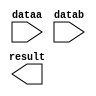
// megafunction wizard: %LPM_MULT%VBB%
// GENERATION: STANDARD
// VERSION: WM1.0
// MODULE: lpm_mult 

// ============================================================
// Megafunction Name(s):
// 			lpm_mult
//
// Simulation Library Files(s):
// 			lpm
// ============================================================
// ************************************************************
// THIS IS A WIZARD-GENERATED FILE. DO NOT EDIT THIS FILE!
//
// 13.1.0 Build 162 10/23/2013 SJ Full Version
// ************************************************************

//Copyright (C) 1991-2013 Altera Corporation
//Your use of Altera Corporation's design tools, logic functions 
//and other software and tools, and its AMPP partner logic 
//functions, and any output files from any of the foregoing 
//(including device programming or simulation files), and any 
//associated documentation or information are expressly subject 
//to the terms and conditions of the Altera Program License 
//Subscription Agreement, Altera MegaCore Function License 
//Agreement, or other applicable license agreement, including, 
//without limitation, that your use is for the sole purpose of 
//programming logic devices manufactured by Altera and sold by 
//Altera or its authorized distributors.  Please refer to the 
//applicable agreement for further details.

module mult_com_mass (
	dataa,
	datab,
	result);

	input	[15:0]  dataa;
	input	[13:0]  datab;
	output	[29:0]  result;

endmodule

// ============================================================
// CNX file retrieval info
// ============================================================
// Retrieval info: PRIVATE: AutoSizeResult NUMERIC "1"
// Retrieval info: PRIVATE: B_isConstant NUMERIC "0"
// Retrieval info: PRIVATE: ConstantB NUMERIC "0"
// Retrieval info: PRIVATE: INTENDED_DEVICE_FAMILY STRING "Cyclone V"
// Retrieval info: PRIVATE: LPM_PIPELINE NUMERIC "0"
// Retrieval info: PRIVATE: Latency NUMERIC "0"
// Retrieval info: PRIVATE: SYNTH_WRAPPER_GEN_POSTFIX STRING "0"
// Retrieval info: PRIVATE: SignedMult NUMERIC "0"
// Retrieval info: PRIVATE: USE_MULT NUMERIC "1"
// Retrieval info: PRIVATE: ValidConstant NUMERIC "0"
// Retrieval info: PRIVATE: WidthA NUMERIC "16"
// Retrieval info: PRIVATE: WidthB NUMERIC "14"
// Retrieval info: PRIVATE: WidthP NUMERIC "30"
// Retrieval info: PRIVATE: aclr NUMERIC "0"
// Retrieval info: PRIVATE: clken NUMERIC "0"
// Retrieval info: PRIVATE: new_diagram STRING "1"
// Retrieval info: PRIVATE: optimize NUMERIC "0"
// Retrieval info: LIBRARY: lpm lpm.lpm_components.all
// Retrieval info: CONSTANT: LPM_HINT STRING "MAXIMIZE_SPEED=5"
// Retrieval info: CONSTANT: LPM_REPRESENTATION STRING "UNSIGNED"
// Retrieval info: CONSTANT: LPM_TYPE STRING "LPM_MULT"
// Retrieval info: CONSTANT: LPM_WIDTHA NUMERIC "16"
// Retrieval info: CONSTANT: LPM_WIDTHB NUMERIC "14"
// Retrieval info: CONSTANT: LPM_WIDTHP NUMERIC "30"
// Retrieval info: USED_PORT: dataa 0 0 16 0 INPUT NODEFVAL "dataa[15..0]"
// Retrieval info: USED_PORT: datab 0 0 14 0 INPUT NODEFVAL "datab[13..0]"
// Retrieval info: USED_PORT: result 0 0 30 0 OUTPUT NODEFVAL "result[29..0]"
// Retrieval info: CONNECT: @dataa 0 0 16 0 dataa 0 0 16 0
// Retrieval info: CONNECT: @datab 0 0 14 0 datab 0 0 14 0
// Retrieval info: CONNECT: result 0 0 30 0 @result 0 0 30 0
// Retrieval info: GEN_FILE: TYPE_NORMAL mult_com_mass.v TRUE
// Retrieval info: GEN_FILE: TYPE_NORMAL mult_com_mass.inc FALSE
// Retrieval info: GEN_FILE: TYPE_NORMAL mult_com_mass.cmp FALSE
// Retrieval info: GEN_FILE: TYPE_NORMAL mult_com_mass.bsf TRUE
// Retrieval info: GEN_FILE: TYPE_NORMAL mult_com_mass_inst.v FALSE
// Retrieval info: GEN_FILE: TYPE_NORMAL mult_com_mass_bb.v TRUE
// Retrieval info: LIB_FILE: lpm